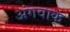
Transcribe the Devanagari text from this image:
अंगवाक्